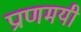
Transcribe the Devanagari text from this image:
प्राणमयी